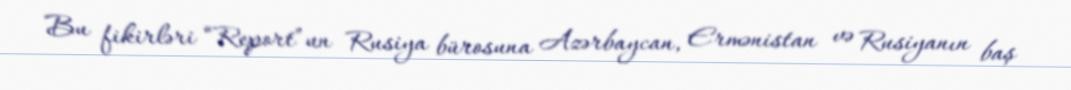
Bu fikirləri “Report”un Rusiya bürosuna Azərbaycan, Ermənistan və Rusiyanın baş